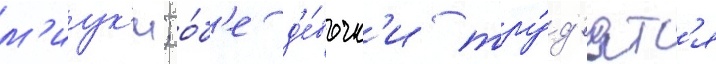
м'иук'и; о́б'е д'е́вочк'и тру́д'ятс'я